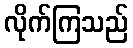
လိုက်ကြသည်